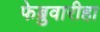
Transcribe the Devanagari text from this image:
फेब्रुवारीहा